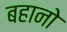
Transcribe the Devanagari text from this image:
बहानो